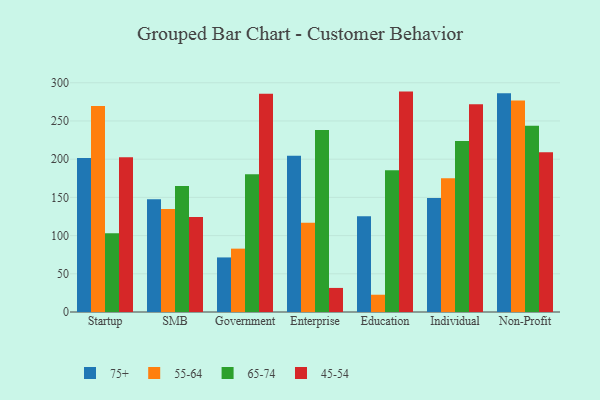
{"axis": {"x": "Segment", "y": "Churn Rate (%)"}, "legend": ["45-54", "55-64", "65-74", "75+"], "data": [{"x": "Startup", "y": 201.6, "type": "75+"}, {"x": "Startup", "y": 269.4, "type": "55-64"}, {"x": "Startup", "y": 103.0, "type": "65-74"}, {"x": "Startup", "y": 202.4, "type": "45-54"}, {"x": "SMB", "y": 147.4, "type": "75+"}, {"x": "SMB", "y": 134.9, "type": "55-64"}, {"x": "SMB", "y": 164.8, "type": "65-74"}, {"x": "SMB", "y": 124.3, "type": "45-54"}, {"x": "Government", "y": 71.4, "type": "75+"}, {"x": "Government", "y": 82.9, "type": "55-64"}, {"x": "Government", "y": 180.4, "type": "65-74"}, {"x": "Government", "y": 285.7, "type": "45-54"}, {"x": "Enterprise", "y": 204.6, "type": "75+"}, {"x": "Enterprise", "y": 116.9, "type": "55-64"}, {"x": "Enterprise", "y": 238.2, "type": "65-74"}, {"x": "Enterprise", "y": 31.5, "type": "45-54"}, {"x": "Education", "y": 125.4, "type": "75+"}, {"x": "Education", "y": 22.6, "type": "55-64"}, {"x": "Education", "y": 185.4, "type": "65-74"}, {"x": "Education", "y": 288.4, "type": "45-54"}, {"x": "Individual", "y": 149.2, "type": "75+"}, {"x": "Individual", "y": 175.1, "type": "55-64"}, {"x": "Individual", "y": 223.9, "type": "65-74"}, {"x": "Individual", "y": 272.0, "type": "45-54"}, {"x": "Non-Profit", "y": 286.1, "type": "75+"}, {"x": "Non-Profit", "y": 276.7, "type": "55-64"}, {"x": "Non-Profit", "y": 243.8, "type": "65-74"}, {"x": "Non-Profit", "y": 209.1, "type": "45-54"}]}